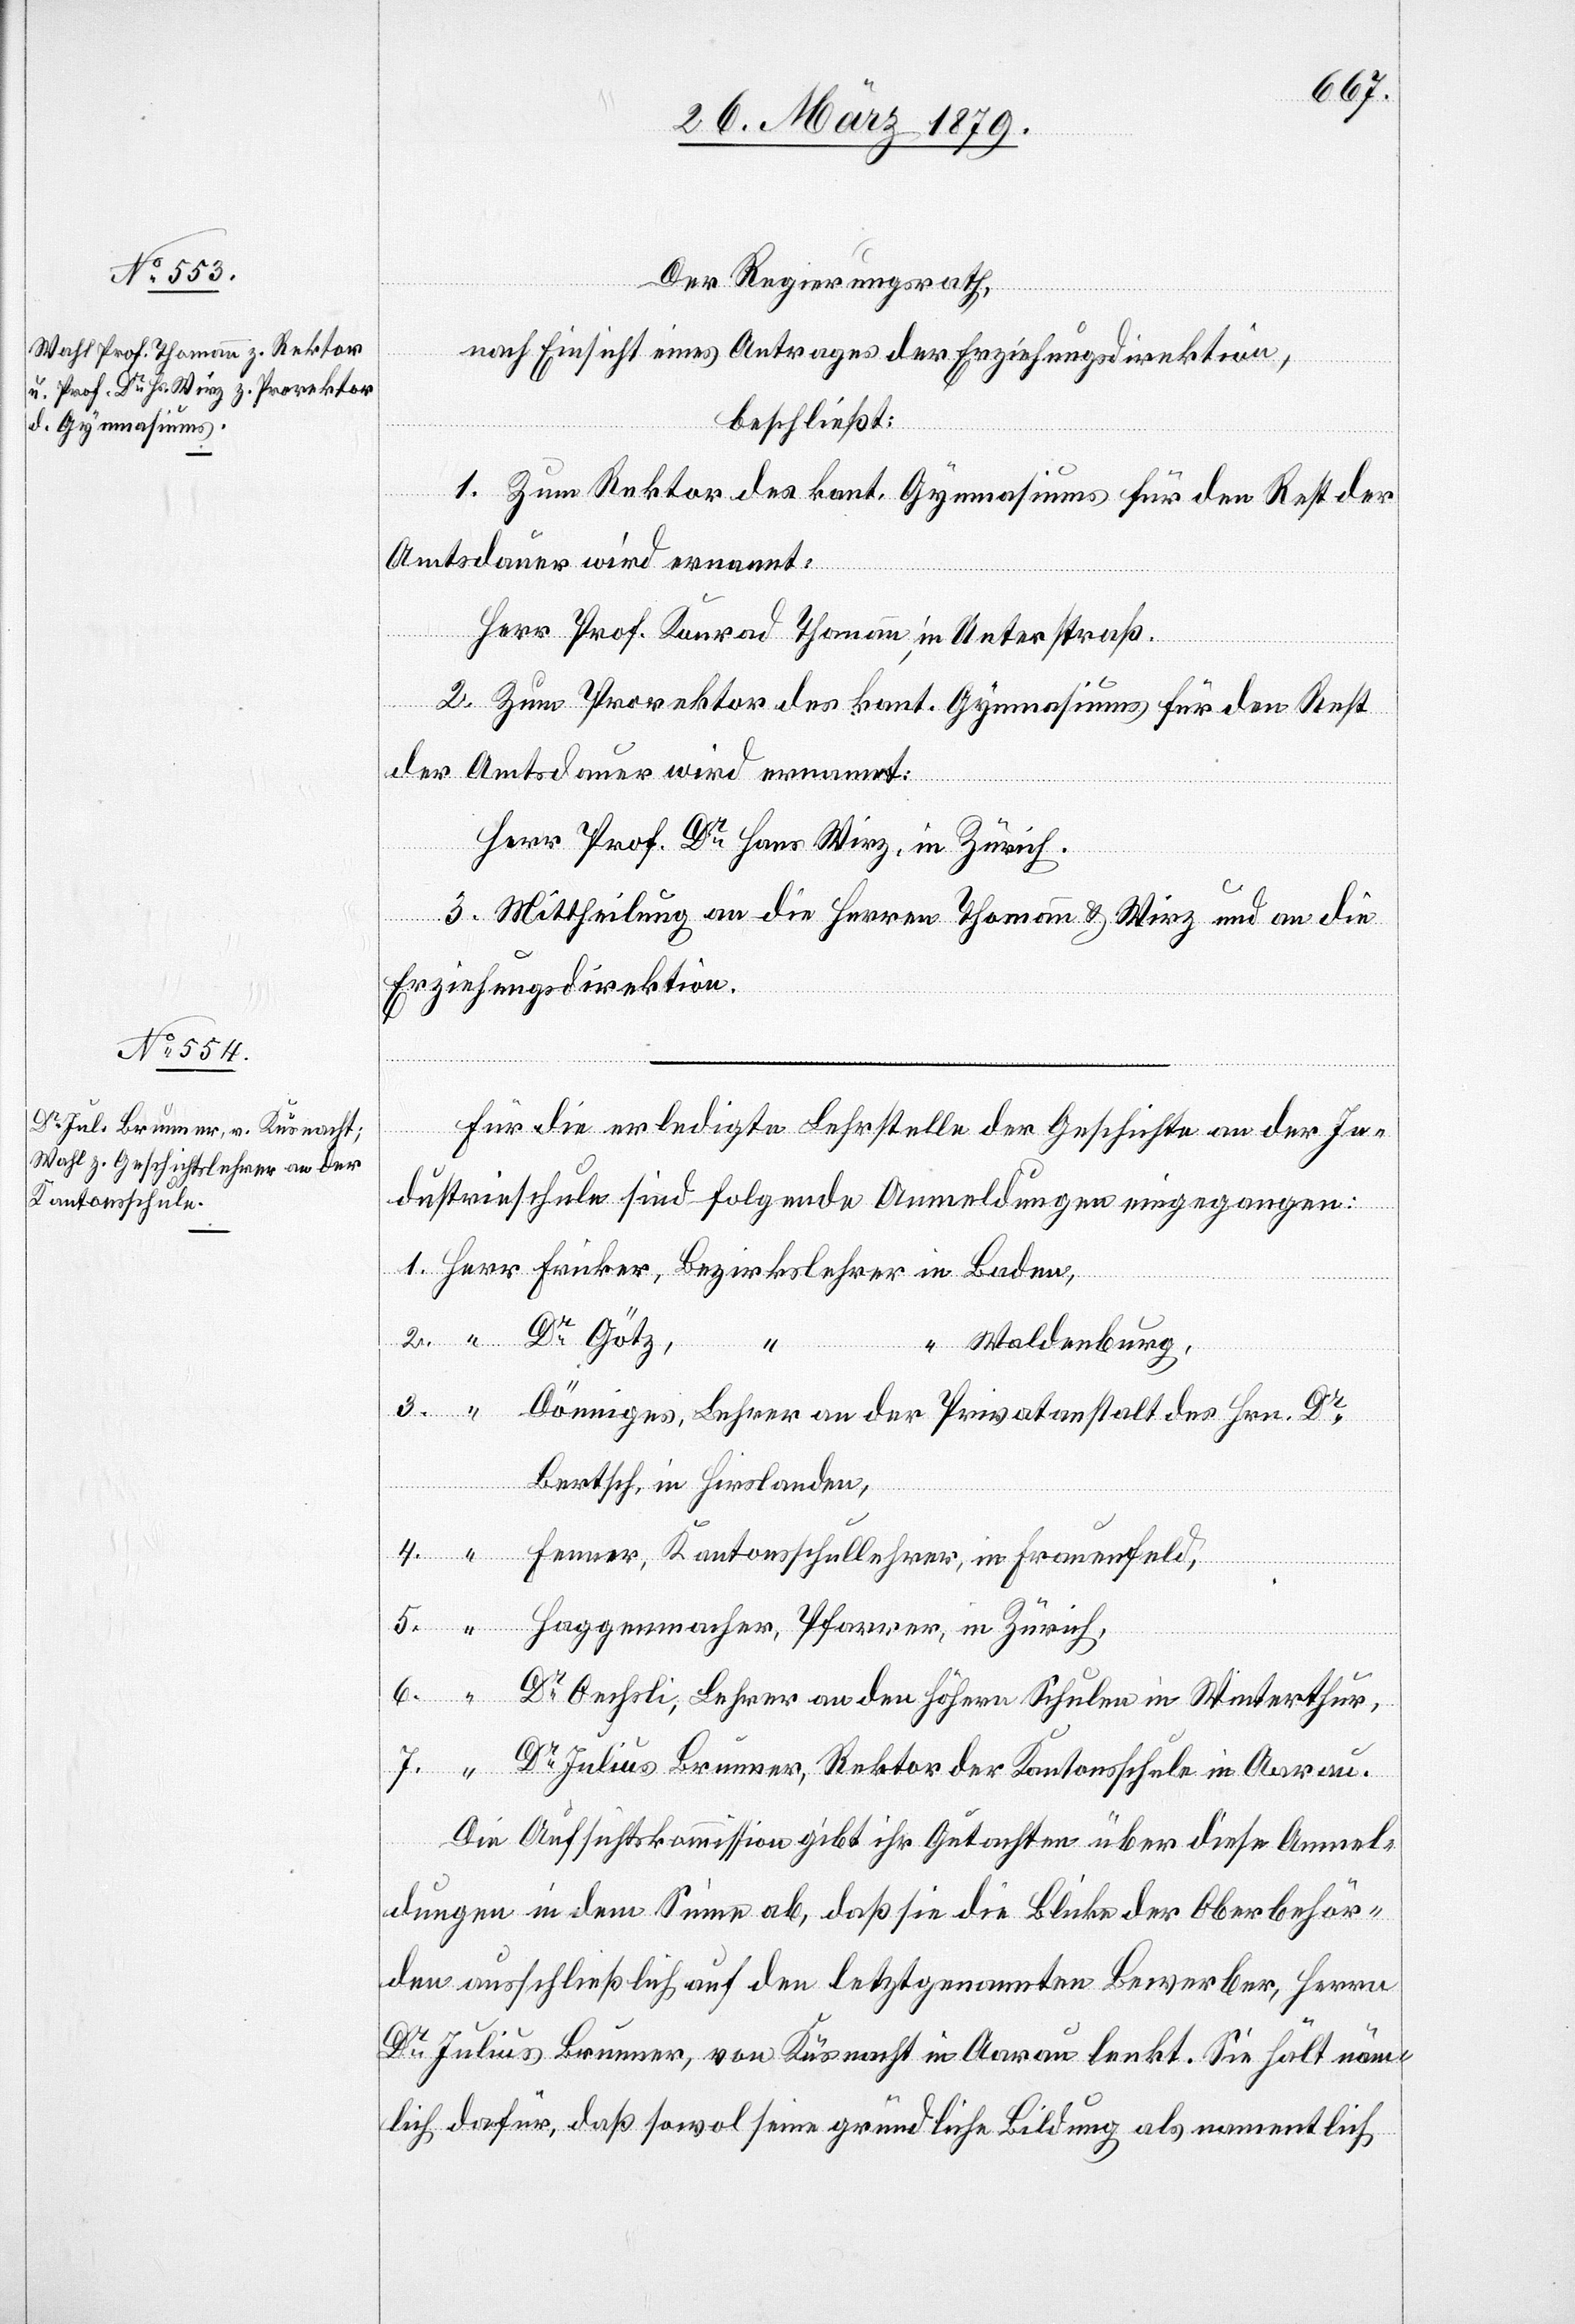
Der Regierungsrath,
nach Einsicht eines Antrages der Erziehungsdirektion,
beschließt:
1. Zum Rektor des kant. Gymnasiums für den Rest der
Amtsdauer wird ernannt:
Herr Prof. Konrad Thomann, in Unterstraß.
2. Zum Prorektor des kant. Gymnasiums für den Rest
der Amtsdauer wird ernannt:
Herr Prof. Dr Hans Wirz, in Zürich.
3. Mittheilung an die Herren Thomann & Wirz und an die
Erziehungsdirektion.
Für die erledigte Lehrstelle der Geschichte an der In¬
dustrieschule sind folgende Anmeldungen eingegangen:
1. Herr
Fricker, Bezirkslehrer in Baden,
Dr Götz,
7.
“ Waldenburg,
Dönniges, Lehrer an der Privatanstalt des Hrn. Dr
Bertsch, in Hirslanden,
“
4. “ Fenner, Kantonsschullehrer, in Frauenfeld,
Haggenmacher, Pfarrer, in Zürich,
6. “
Dr Oechsli, Lehrer an den Höhern Schulen in Winterthur,
Dr Julius Brunner, Rektor der Kantonsschule in Aarau.
Die Aufsichtskommission gibt ihr Gutachten über diese Anmel¬
dungen in dem Sinne ab, daß sie die Blicke der Oberbehör¬
den ausschließlich auf den letztgenannten Bewerber, Herrn
Dr Julius Brunner, von Küsnacht in Aarau lenkt. Sie hält näm¬
lich dafür, daß sowol seine gründliche Bildung als namentlich